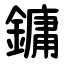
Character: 鏞